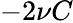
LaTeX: -2\nu C